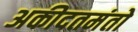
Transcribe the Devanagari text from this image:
अकीदतमंतो